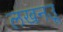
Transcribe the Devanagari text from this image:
लखनउू